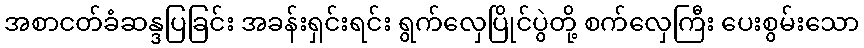
အစာငတ်ခံဆန္ဒပြခြင်း အခန်းရှင်းရင်း ရွက်လှေပြိုင်ပွဲတို့ စက်လှေကြီး ပေးစွမ်းသော